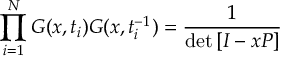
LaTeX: \prod _ { i = 1 } ^ { N } G ( x , t _ { i } ) G ( x , t _ { i } ^ { - 1 } ) = \frac { 1 } { \operatorname * { d e t } \left[ I - x P \right] }